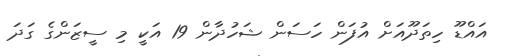
އައްޑޫ ހިތަދޫއަށް އުފަން ހަސަން ޝަހުދާން 19 އަކީ މި ސީޒަންގެ ގަދަ